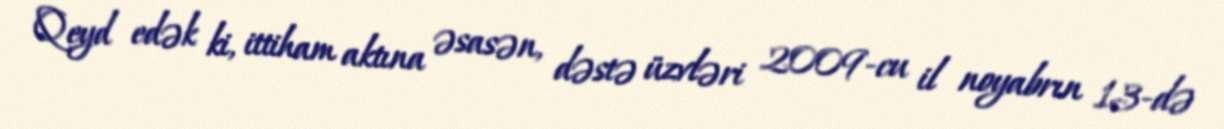
Qeyd edək ki, ittiham aktına əsasən, dəstə üzvləri 2009-cu il noyabrın 13-də